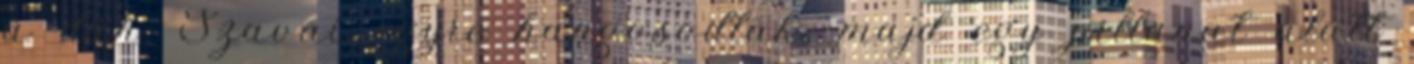
a düh. Szavai egyre hangosodtak, majd egy pillanat alatt